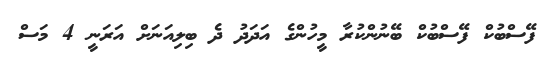
ފޭސްބުކް ފޭސްބުކް ބޭނުންކުރާ މީހުންގެ އަދަދު ދެ ބިލިއަނަށް އަރަނީ 4 މަސް